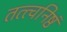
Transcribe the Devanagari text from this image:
तत्त्वनिष्ठं